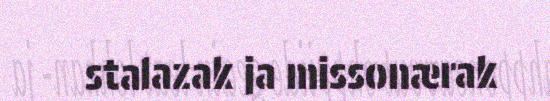
stalazak ja missonærak